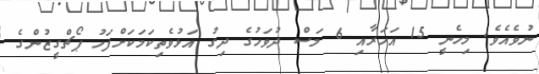
ނުވެއެވެ. މިހެނީ 15 އަހަރާއި 6 މަސް ދުވަހުގެ ދިގު އަޅުވެތިކަމަކަށްފަހު ޕޯޗްގީޒުންގެ